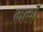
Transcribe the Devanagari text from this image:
मर्त्यों